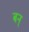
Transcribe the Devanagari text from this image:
बन्